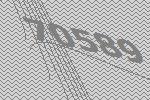
70589